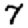
Digit: 7